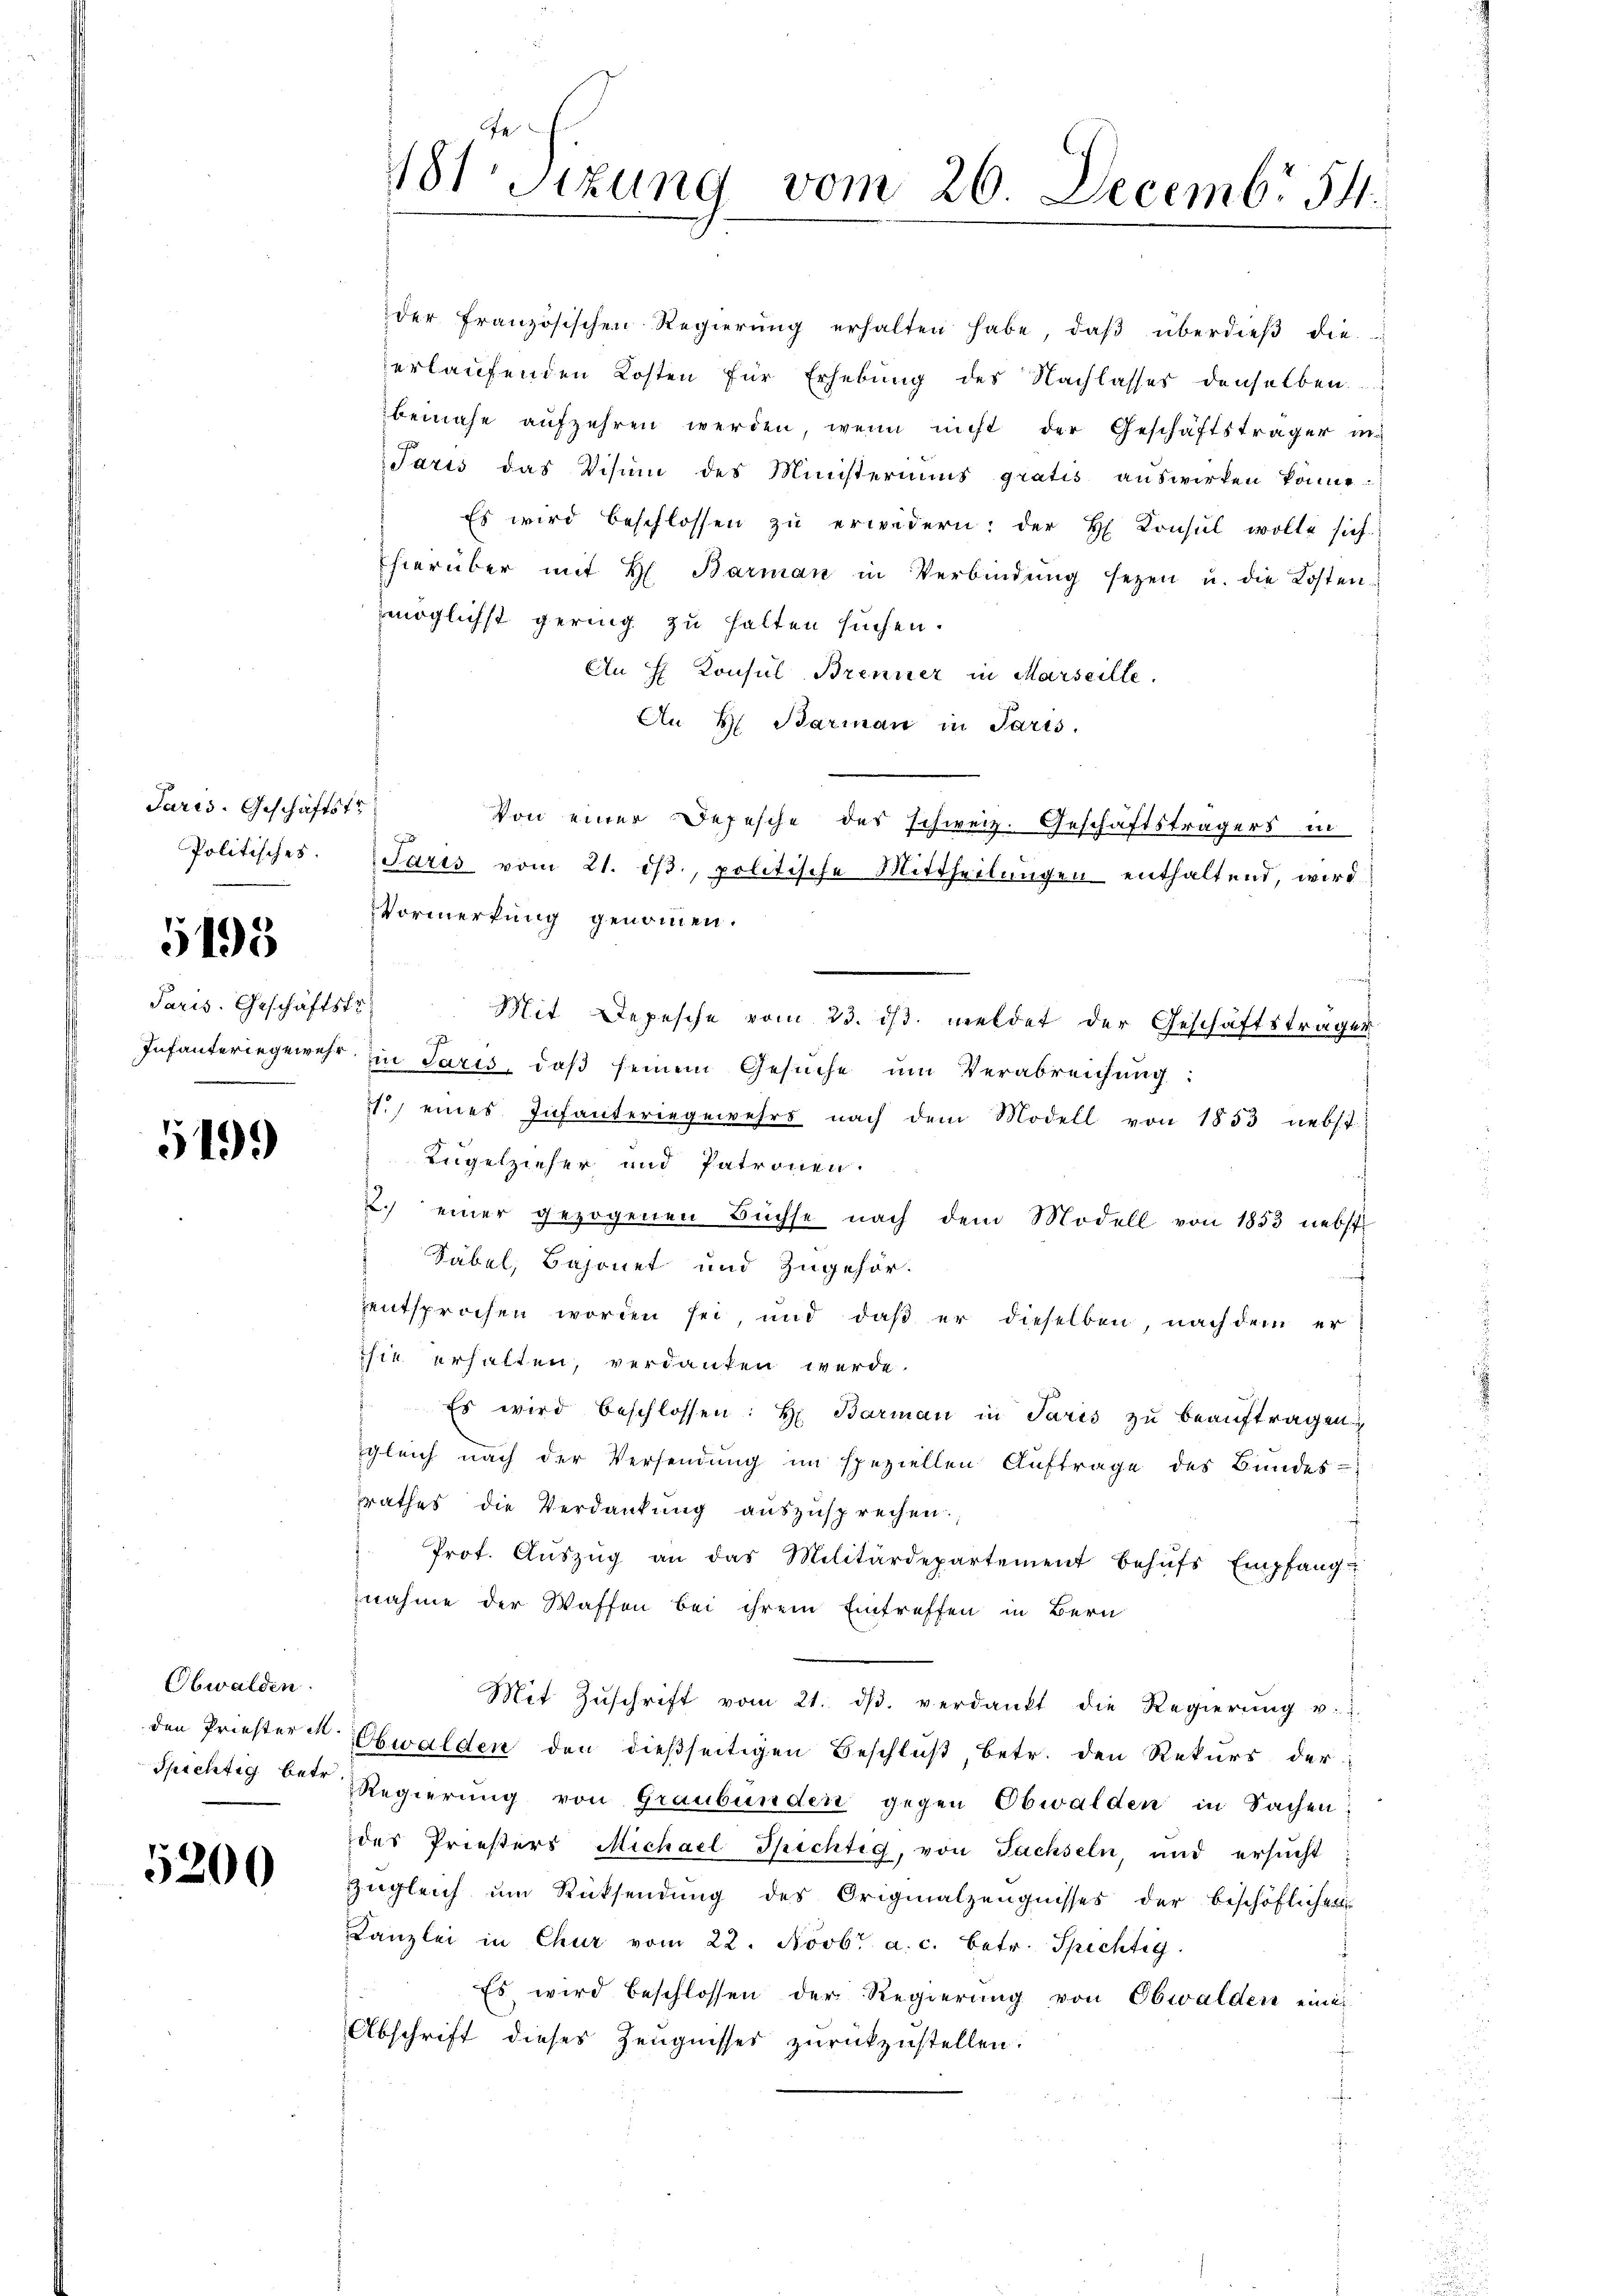
Paris. Geschäftst

5198

Paris. Geschäftskr
e

5499

Obwalden.

5200

der französischen Regierŭng erhalten habe, daβ überdieβ die
erlaufenden Kosten für Erhebung des Nachlasses denselben
beinahe aufzehren werden, wenn nicht der Geschäftsträger in
Jaris das Visinn des Ministeriums gratis auswirken könne.
Es wird beschlossen zŭ erwidern: der H Consul wolle sich
hierüber mit H. Barman in Verbindŭng sezen u. die Kosten-
möglichst gering zu halten suchen.
An H Konsul Brenner in Marseille,
An H. Barman in Paris.
Von einer Befesche des schweiz. Geschäftsträgers in
Politisches. Paris vom 21. dβ. politische Mittheilŭngen enthaltend, wird
Vormerkung genommen.
Mit Depesche vom 23. ist. meldet der Geschäftsträger
Infanteringewehr in Paris, daβ seinem Gesŭche ŭm Verabreichung:
1.) eines Infanteringewehrs nach dem Modell von 1853 nebst
Kugelzieher und Patronen.
.) einer gezogenen Büchse nach dem Modell von 1853 nebst
Säbel, Bajonet und Zugehör-
entsprochen worden sei, und daß er dieselben, nach dem er
sie erhalten, verdanken werde.
" Es wird beschlossen: H. Barman in Paris zu beauftragen
gleich nach der Versendung im speziellen Auftrage des Bundes-
rathes die Verdankung auszusprechen.
Prot. Aŭszŭg an das Militärdepartement behŭfs Empfang
nahme der Waffen bei ihrem Eintreffen in Bern
Mit Zŭschrift vom 21. dβ. verdankt die Regierŭng u.
den Priester u. Obwalden den dießseitigen Beschlŭβ, betr. den Rekurs der¬
Spichtig betr. Regierŭng von Graubünden gegen Obwalden in Sachen:
des Priesters Michael Spichtig, von Fachseln, und ersŭcht
zŭgleich ŭm Rücksendŭng des Originalzeŭgnisses der beschöflichen
Kanzlei in Chur vom 22. Novbr. a. c. betr. Spichtig
Es wird beschlossen der Regierung von Obwalden eine
Abschrift dieses Zeugnisses zŭrückzustellen.

481 sizung vom 26 Decembr 54.